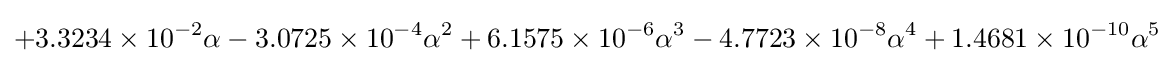
+3.3234\times 10^{-2}\alpha -3.0725\times 10^{-4}\alpha ^{2}+6.1575\times 10^{-6}\alpha ^{3}-4.7723\times 10^{-8}\alpha ^{4}+1.4681\times 10^{-10}\alpha ^{5}